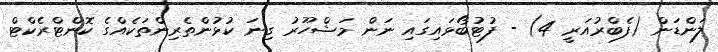
ލަންޑަން (ފެބްރުއަރީ 4) - ފުޓުބޯޅައިގައި ނަން މަޝްހޫރު ގިނަ ކުޅުންތެރިންތަކެއްގެ ކޮންޓްރެކްޓް